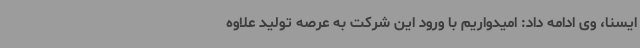
ایسنا، وی ادامه داد: امیدواریم با ورود این شرکت به عرصه تولید علاوه